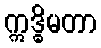
ဣဒ္ဓိမတာ